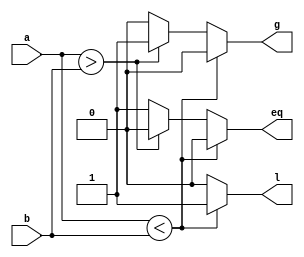
module comaparator(a,b,l,g,eq);
  input [4:0]a,b;
  output reg l,g,eq;
  always @(a,b)  
  begin
	 if( a < b)
	 begin
		 l = 1;
		 g = 0;
		 eq = 0;
	 end
	 else if(a>b) 
	 begin
		 l = 0;
		 g = 1;
		 eq = 0;
	 end
         else
	 begin
		 l = 0;
		 g = 0;
		 eq = 1;
	 end
 end
endmodule